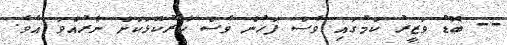
-- ބޮޑު ވަޒީރު ކަމުގައި ވެސް ފަހުން ވެސް ކާރުކޮޅަކަށް ނާރުއްވަ އެވެ.